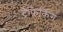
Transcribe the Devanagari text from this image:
ट्रैफिकिंग